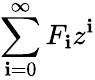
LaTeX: \sum_{\mathbf{i}=0}^{\infty}F_{\mathbf{i}}z^{\mathbf{i}}